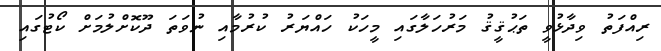
ރިއްފަތު ވިދާޅުވީ ތަޙުޤީޤު މަރުހަލާގައި މީހަކު ހައްޔަރު ކުރުމާއި ނުވަތަ ދޫކޮށްލުމަށް ކޯޓުގައި